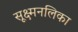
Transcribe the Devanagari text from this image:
सूक्ष्मनलिका